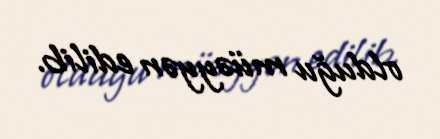
olduğu müəyyən edilib.